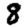
Digit: 8